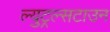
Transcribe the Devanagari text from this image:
ल्युट्रल्सटाउन